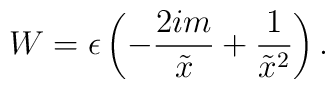
W= \epsilon \left( - \frac {2 i m}{\tilde{x}} +\frac {1}{\tilde{x}^2} \right).